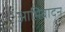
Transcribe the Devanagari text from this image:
आभिवादन